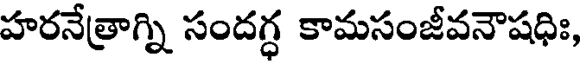
హరనేత్రాగ్ని సందగ్ధ కామసంజీవనౌషధిః,